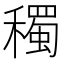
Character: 𥣋